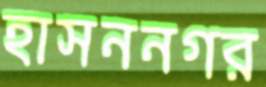
হাসননগর